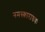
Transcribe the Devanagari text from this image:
नमस्काराश्रयः